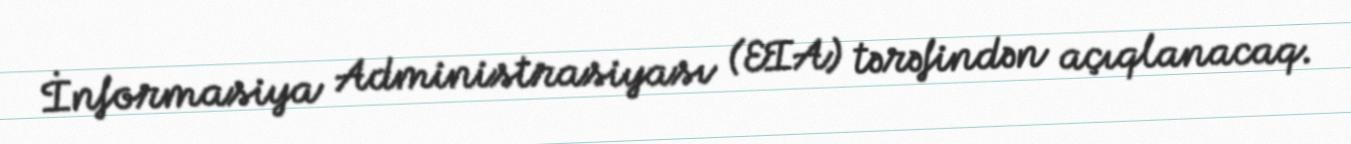
İnformasiya Administrasiyası (EIA) tərəfindən açıqlanacaq.